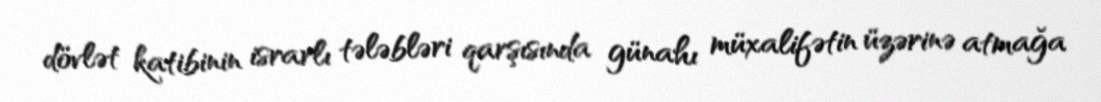
dövlət katibinin israrlı tələbləri qarşısında günahı müxalifətin üzərinə atmağa